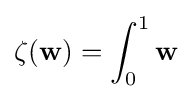
\zeta (\mathbf {w} )=\int _{0}^{1}\mathbf {w}